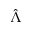
\hat { \Lambda }